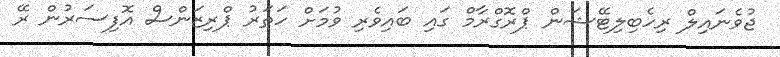
ޖުވެނައިލް ރިހެބިލިޓޭޝަން ޕްރޮގްރާމް ގައި ބައިވެރި ވުމަށް ހަތަރު ޕްރިޒަންސް އޮފިސަރުން ރޭ